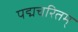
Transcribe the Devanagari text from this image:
पद्मचरितम्